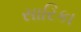
સારિકા